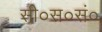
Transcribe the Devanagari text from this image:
सी०स०सं०